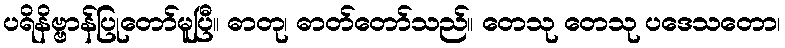
ပရိနိဗ္ဗာန်ပြုတော်မူပြီ။ ဓာတု၊ ဓာတ်တော်သည်။ တေသု တေသု ပဒေသတော၊